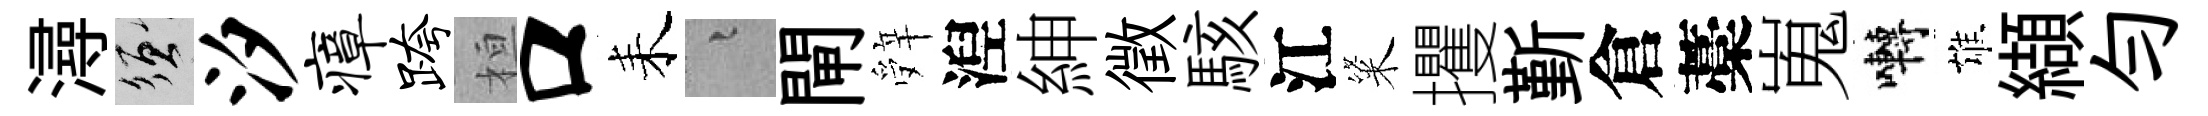
潯須汐瘴跨桓口耒融閘辤湼紳徵駭江粢攫斳倉藁嵬囀雄纈勻